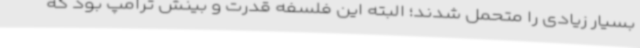
بسیار زیادی را متحمل شدند؛ البته این فلسفه قدرت و بینش ترامپ بود که